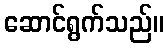
ဆောင်ရွက်သည်။